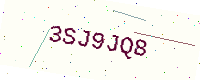
Text: 3SJ9JQ8